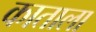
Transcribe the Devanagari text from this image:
काताला